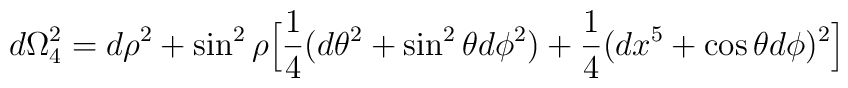
d\Omega_4^2 = d\rho^2 + \sin^2 \rho \Big[{1 \over 4}(d\theta^2 + \sin^2\theta d\phi^2) + {1\over 4}(d x^5 + \cos\theta d\phi)^2 \Big]